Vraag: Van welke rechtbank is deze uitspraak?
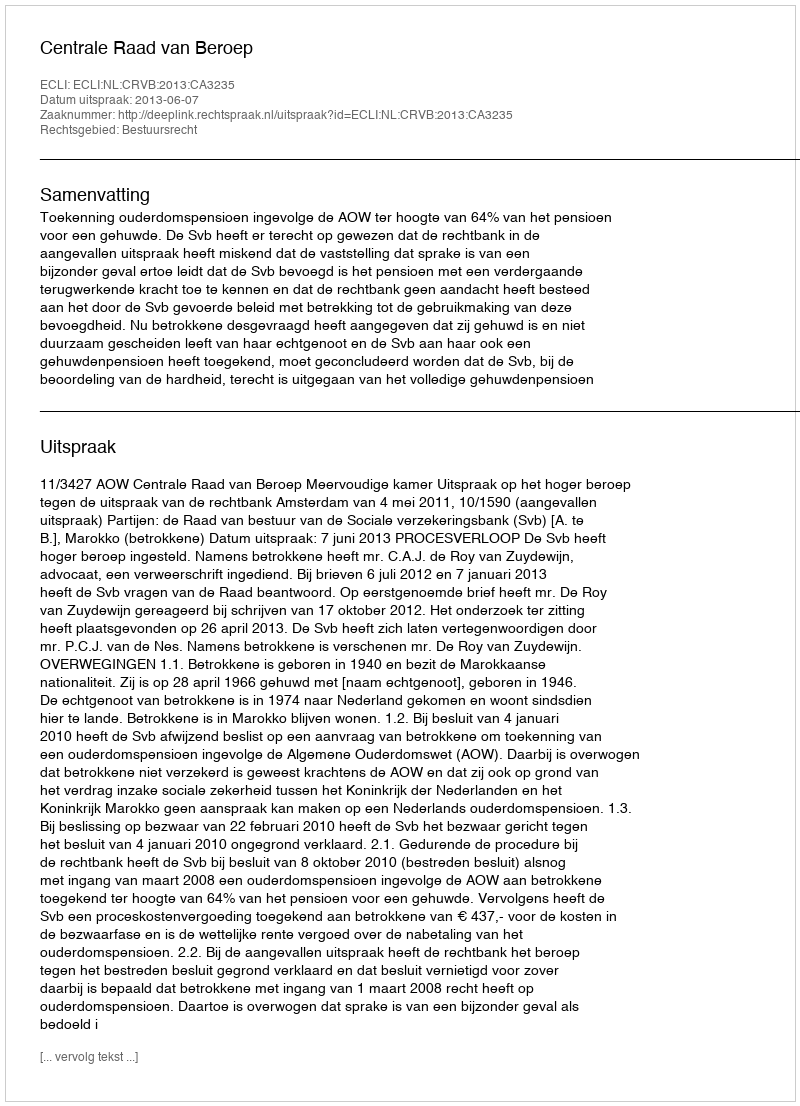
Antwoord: Centrale Raad van Beroep